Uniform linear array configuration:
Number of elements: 32
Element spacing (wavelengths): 0.5
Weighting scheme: hann
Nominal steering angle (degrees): -15
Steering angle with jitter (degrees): -15.639
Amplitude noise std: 0.05
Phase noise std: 0.05

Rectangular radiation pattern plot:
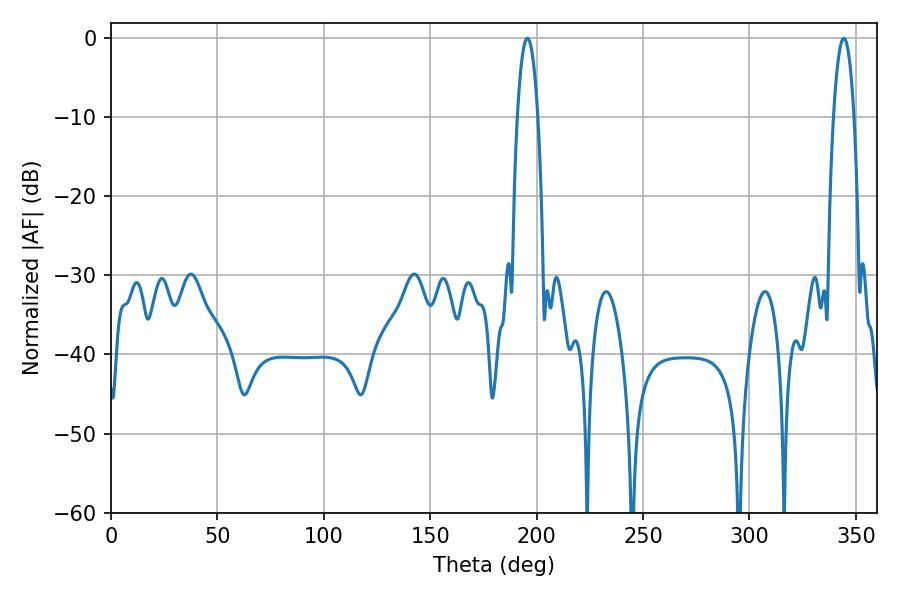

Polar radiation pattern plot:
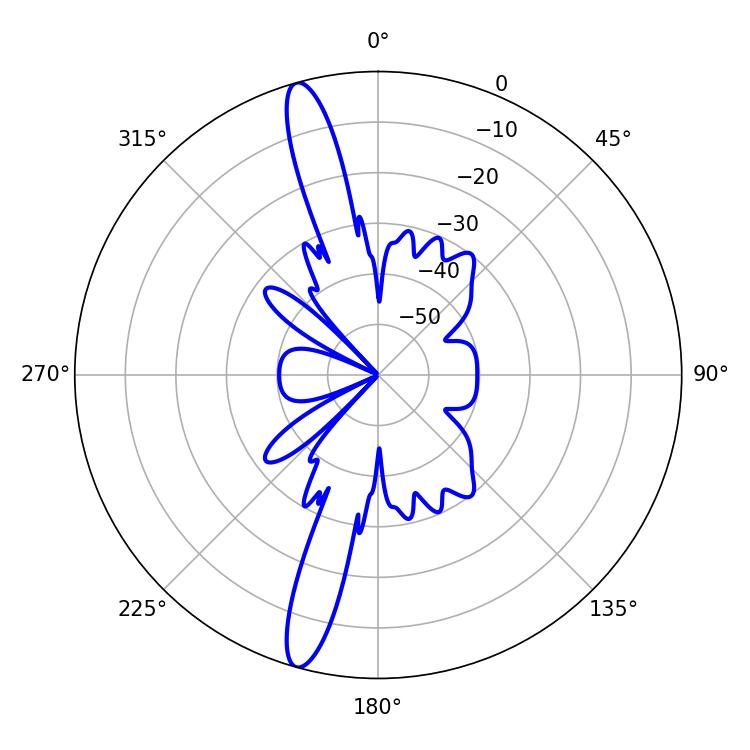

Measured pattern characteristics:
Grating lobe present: FALSE
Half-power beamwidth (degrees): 5.4
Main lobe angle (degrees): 344.34